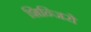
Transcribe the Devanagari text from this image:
शिन्जिरो